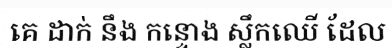
គេ ដាក់ នឹង កន្ទោង ស្លឹកឈើ ដែល